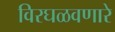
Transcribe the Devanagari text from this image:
विरघळवणारे